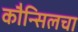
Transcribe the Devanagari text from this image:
कौन्सिलचा